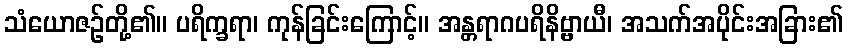
သံယောဇဉ်တို့၏။ ပရိက္ခရာ၊ ကုန်ခြင်းကြောင့်။ အန္တရာဂပရိနိဗ္ဗာယီ၊ အသက်အပိုင်းအခြား၏